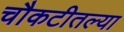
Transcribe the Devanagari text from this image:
चौकटीतल्या